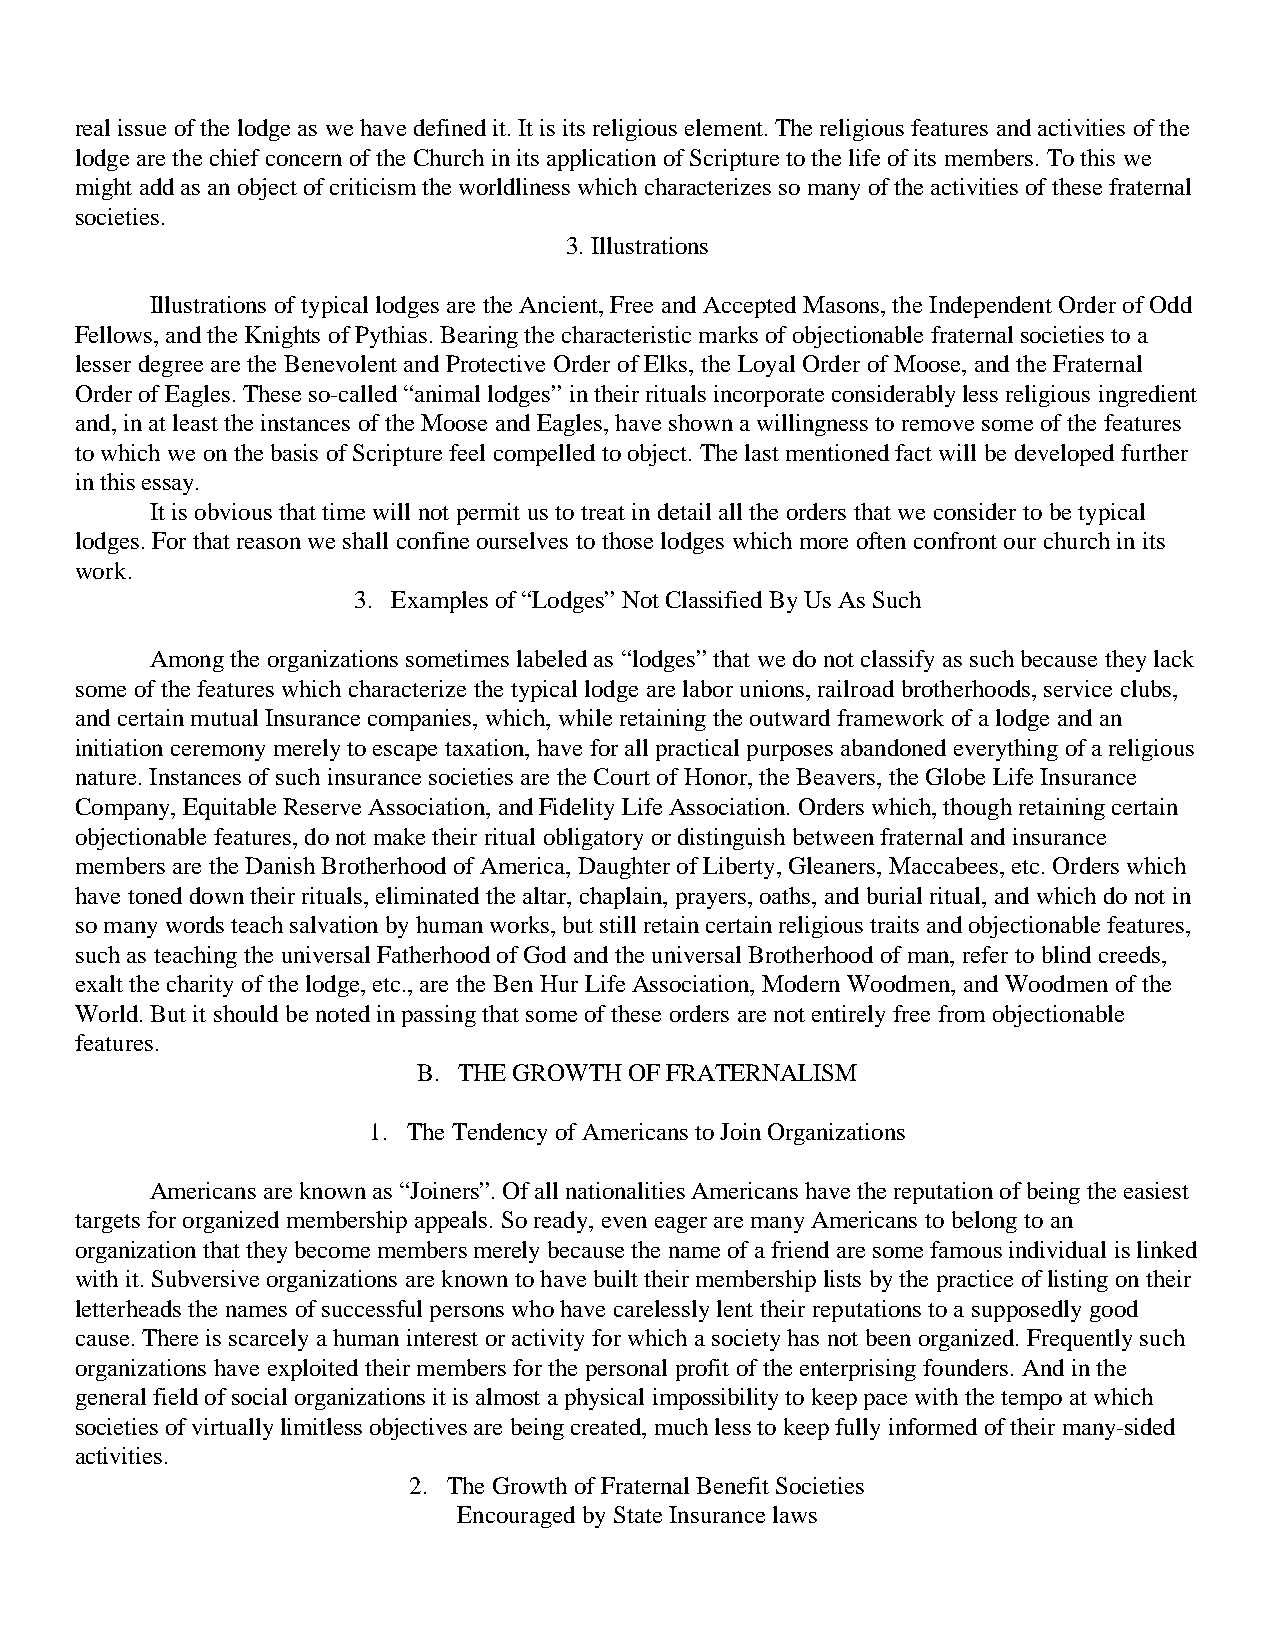
real issue of the lodge as we have defined it. It is its religious element. The religious features and activities of the
 lodge are the chief concern of the Church in its application of Scripture to the life of its members. To this we
 might add as an object of criticism the worldliness which characterizes so many of the activities of these fraternal
 societies.
 3. Illustrations
 Illustrations of typical lodges are the Ancient, Free and Accepted Masons, the Independent Order of Odd
 Fellows, and the Knights of Pythias. Bearing the characteristic marks of objectionable fraternal societies to a
 lesser degree are the Benevolent and Protective Order of Elks, the Loyal Order of Moose, and the Fraternal
 Order of Eagles. These so-called “animal lodges” in their rituals incorporate considerably less religious ingredient
 and, in at least the instances of the Moose and Eagles, have shown a willingness to remove some of the features
 to which we on the basis of Scripture feel compelled to object. The last mentioned fact will be developed further
 in this essay.
 It is obvious that time will not permit us to treat in detail all the orders that we consider to be typical
 lodges. For that reason we shall confine ourselves to those lodges which more often confront our church in its
 work.
 3. Examples of “Lodges” Not Classified By Us As Such
 Among the organizations sometimes labeled as “lodges” that we do not classify as such because they lack
 some of the features which characterize the typical lodge are labor unions, railroad brotherhoods, service clubs,
 and certain mutual Insurance companies, which, while retaining the outward framework of a lodge and an
 initiation ceremony merely to escape taxation, have for all practical purposes abandoned everything of a religious
 nature. Instances of such insurance societies are the Court of Honor, the Beavers, the Globe Life Insurance
 Company, Equitable Reserve Association, and Fidelity Life Association. Orders which, though retaining certain
 objectionable features, do not make their ritual obligatory or distinguish between fraternal and insurance
 members are the Danish Brotherhood of America, Daughter of Liberty, Gleaners, Maccabees, etc. Orders which
 have toned down their rituals, eliminated the altar, chaplain, prayers, oaths, and burial ritual, and which do not in
 so many words teach salvation by human works, but still retain certain religious traits and objectionable features,
 such as teaching the universal Fatherhood of God and the universal Brotherhood of man, refer to blind creeds,
 exalt the charity of the lodge, etc., are the Ben Hur Life Association, Modern Woodmen, and Woodmen of the
 World. But it should be noted in passing that some of these orders are not entirely free from objectionable
 features.
 B. THE GROWTH OF FRATERNALISM
 1. The Tendency of Americans to Join Organizations
 Americans are known as “Joiners”. Of all nationalities Americans have the reputation of being the easiest
 targets for organized membership appeals. So ready, even eager are many Americans to belong to an
 organization that they become members merely because the name of a friend are some famous individual is linked
 with it. Subversive organizations are known to have built their membership lists by the practice of listing on their
 letterheads the names of successful persons who have carelessly lent their reputations to a supposedly good
 cause. There is scarcely a human interest or activity for which a society has not been organized. Frequently such
 organizations have exploited their members for the personal profit of the enterprising founders. And in the
 general field of social organizations it is almost a physical impossibility to keep pace with the tempo at which
 societies of virtually limitless objectives are being created, much less to keep fully informed of their many-sided
 activities.
 2. The Growth of Fraternal Benefit Societies
 Encouraged by State Insurance laws